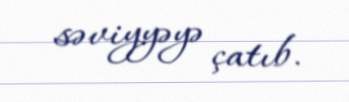
səviyyəyə çatıb.